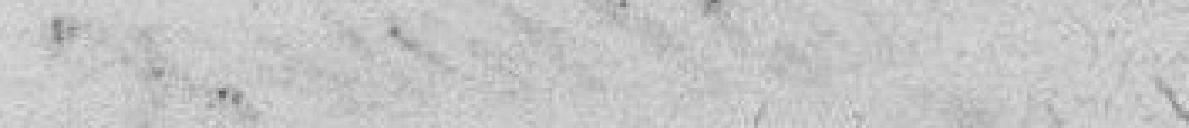
fondamental de l'Etat et de ne régner que par